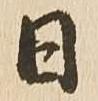
日